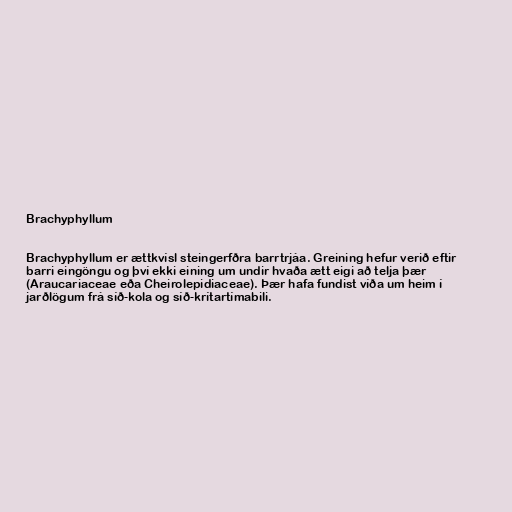
Brachyphyllum

Brachyphyllum er ættkvísl steingerfðra barrtrjáa. Greining hefur verið eftir
barri eingöngu og því ekki eining um undir hvaða ætt eigi að telja þær
(Araucariaceae eða Cheirolepidiaceae). Þær hafa fundist víða um heim í
jarðlögum frá síð-kola og síð-krítartímabili.